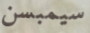
سيمبسن